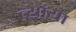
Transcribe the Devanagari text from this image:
त्यांया